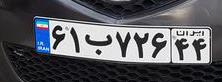
۶۱ب۷۲۶۴۴